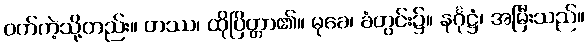
ဝက်ကဲ့သို့တည်း။ တဿ၊ ထိုပြိတ္တာ၏။ မုခေ၊ ခံတွင်း၌။ နင်္ဂုဋ္ဌံ၊ အမြီးသည်။